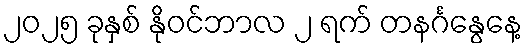
၂၀၂၅ ခုနှစ် နိုဝင်ဘာလ ၂ ရက် တနင်္ဂနွေနေ့